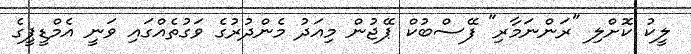
ލީކު ކޮށްލި "ރަންނަމާރި" ފޭސްބުކް ޕޭޖުން މިއަދު މެންދުރުގެ ވަގުތެއްގައި ވަނީ އެމްޑީޕީގެ